Aleksander_Warma, lk 15
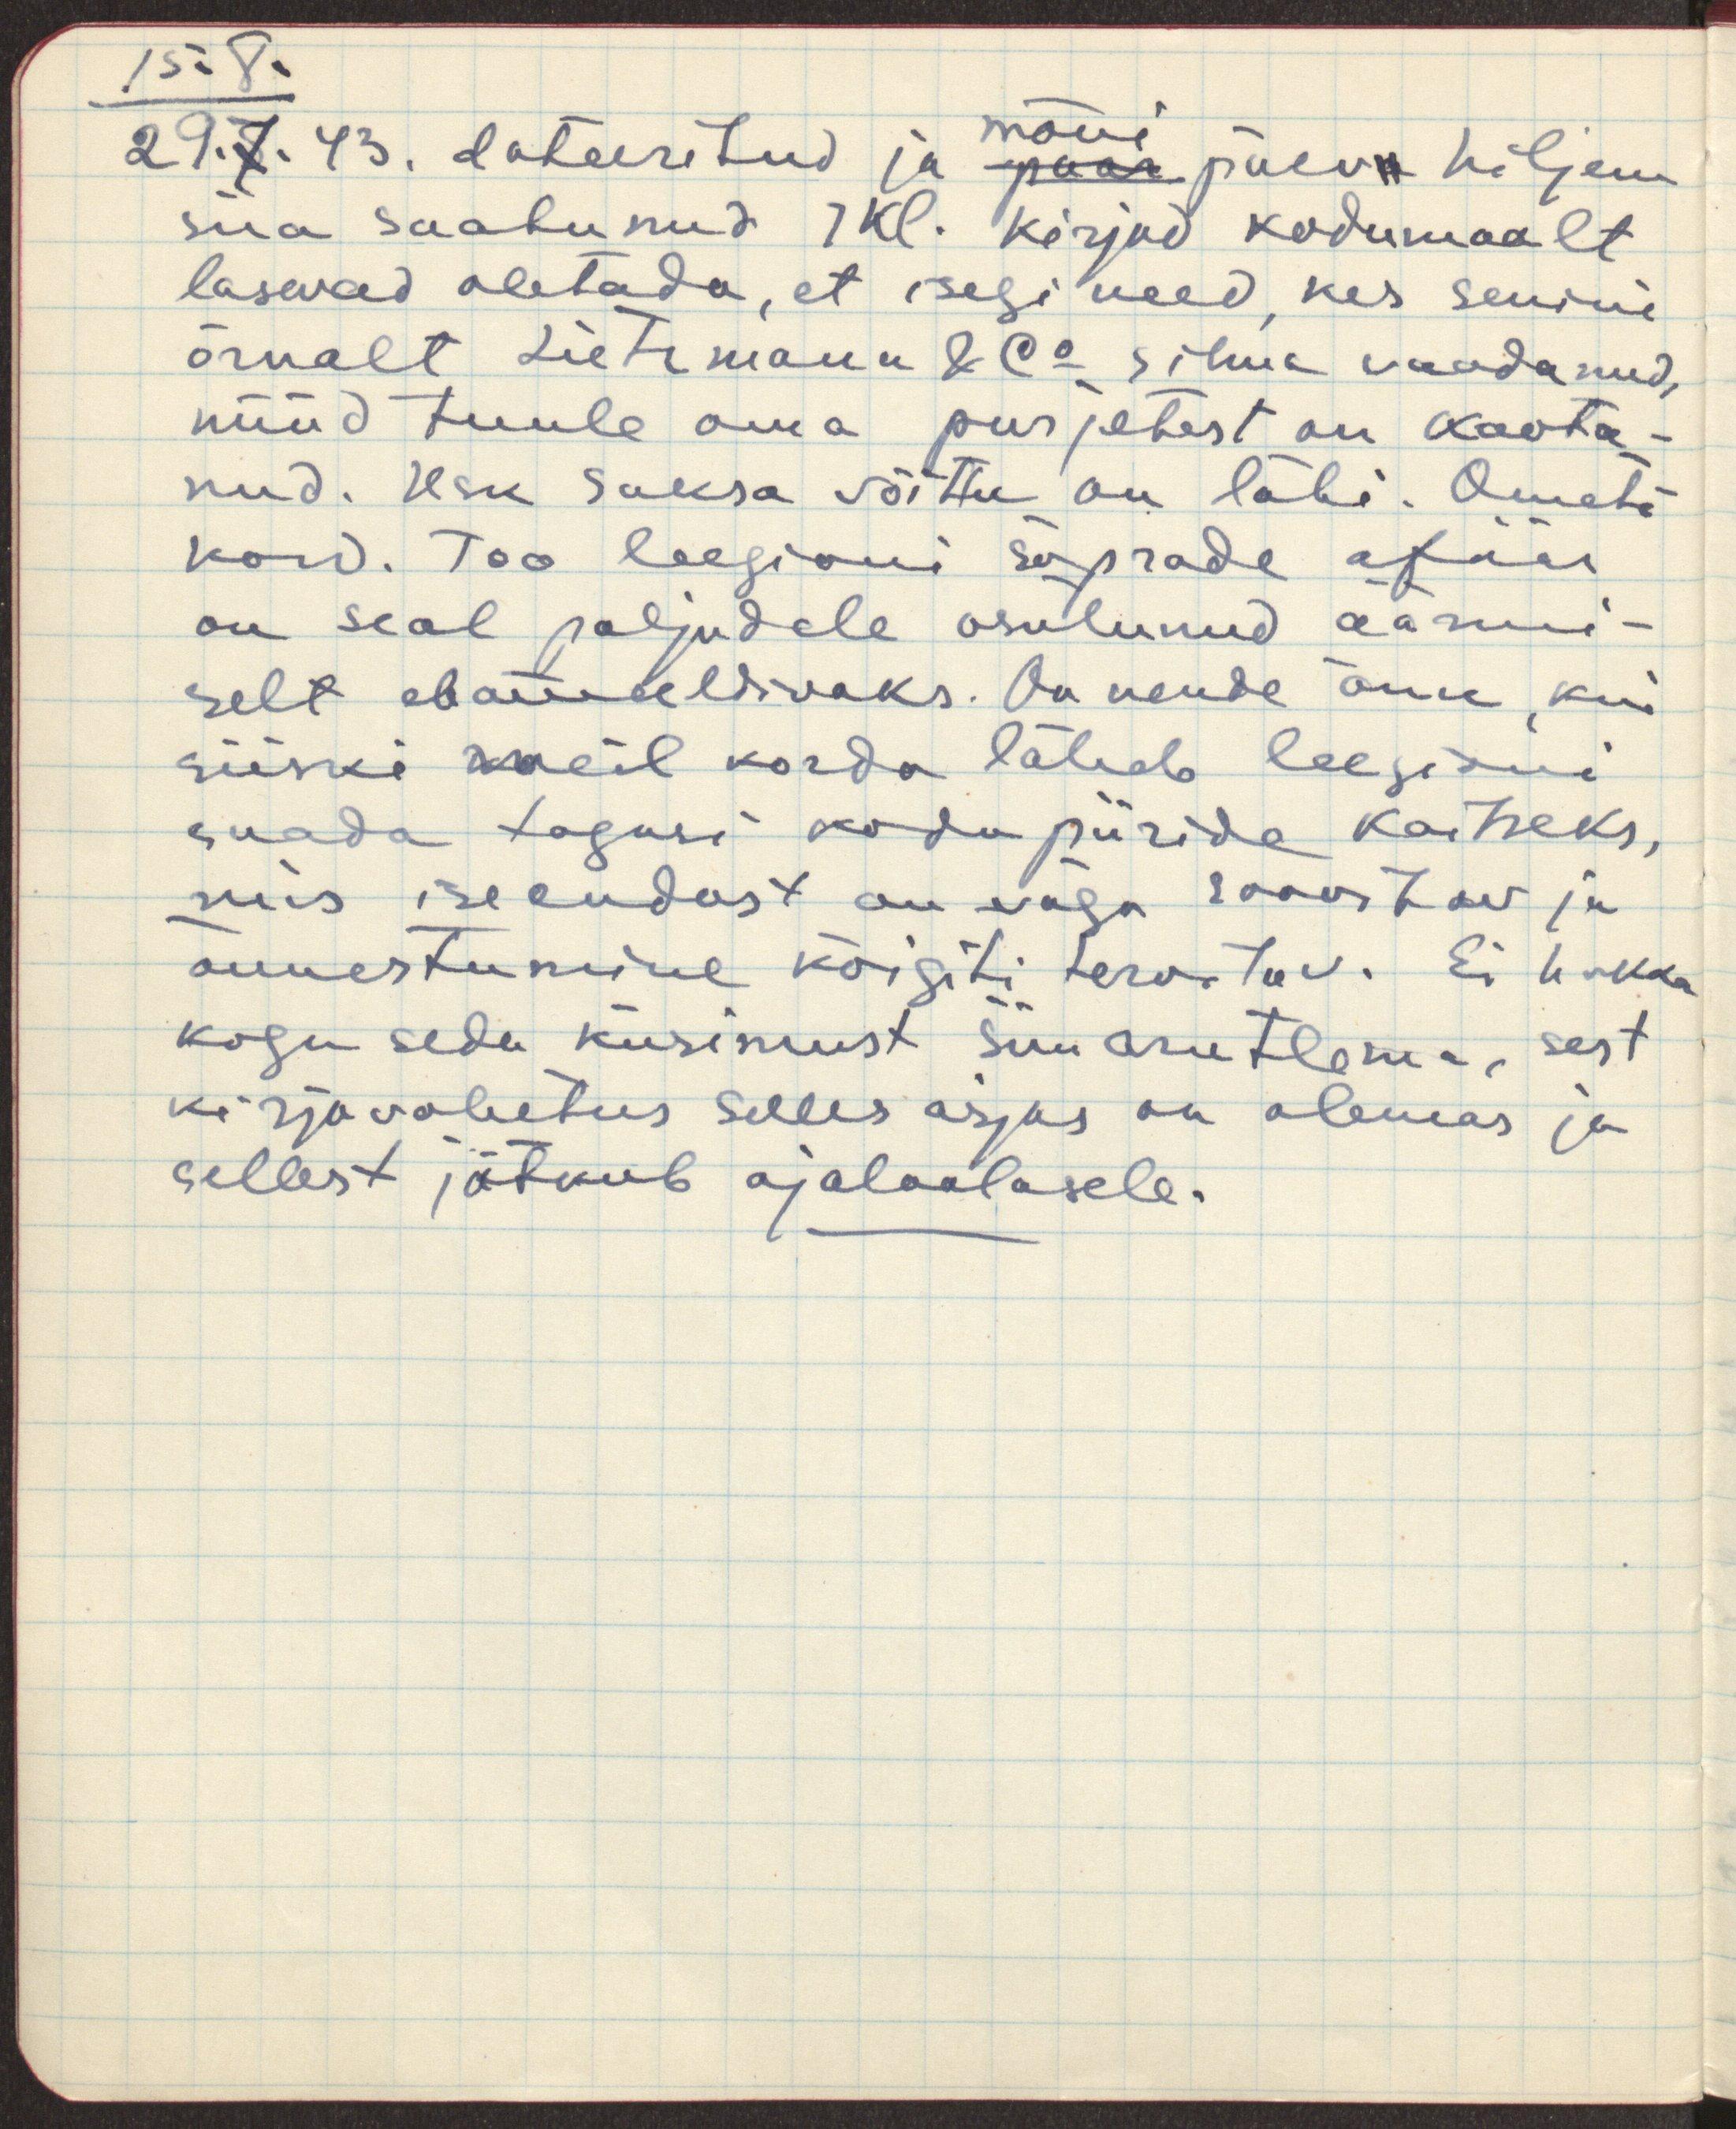
15.8
mõni
29.7.43. dateeritud ja paar päeva hiljem
siia saabunud 1 kl. kirjad kodumaalt
lasevad oletada, et isegi need, kes senini
õrnalt Lietzmann & Co silma vaadanud,
nüüd tuule oma purjetest on kaota-
nud. Usk Saksa võittu on läbi. Ometi
kord. Too leegioni sõprade afäär
on seal paljudele osutunud äärmi-
selt ebameeldivaks. On nende õnn, kui
siiski meil korda läheb leegioni
saada tagasi kodu piiride kaitseks,
mis iseendast on väga soovitav ja 
õnnestumine kõigiti tervitav. Ei hakka
kogu seda küsimust siin arutlema, sest
kirjavahetus selles asjas on olemas ja
sellest jätkub ajaloolasele.